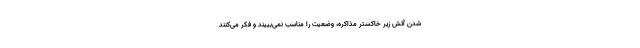
شدن آتش زیر خاکستر مذاکره، وضعیت را مناسب نمی‌بییند و فکر می‌کنند